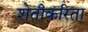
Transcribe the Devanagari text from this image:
शेतीकरिता